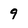
Character: 9